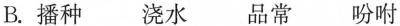
B.播种 浇水品常 吩咐